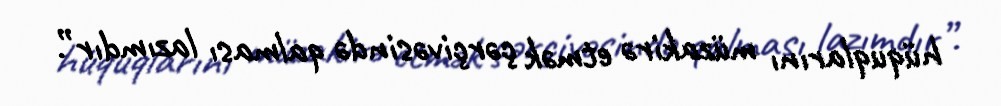
hüquqlarını müzakirə etmək çərçivəsində qalması lazımdır”.